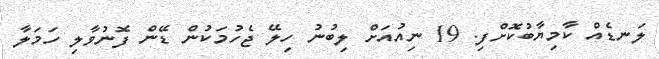
ލަނޑެއް ކާމިޔާބުކޮށްފި. 19 ނިއުއަށް ލިބުނު ހިލޭ ޖެހުމަކުން ޑޭން ފޮނުވާލި ހަމަލާ